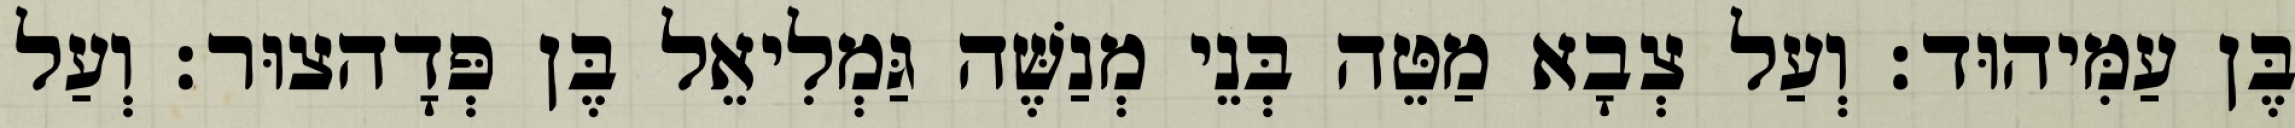
בֶּן עַמִּיהוּד׃ וְעַל צְבָא מַטֵּה בְּנֵי מְנַשֶּׁה גַּמְלִיאֵל בֶּן פְּדָהצוּר׃ וְעַל